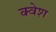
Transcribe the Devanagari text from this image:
क्वेश